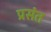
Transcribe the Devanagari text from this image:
प्रसंत